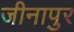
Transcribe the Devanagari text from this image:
जीनापुर